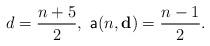
LaTeX: \begin{align*}d=\frac{n+5}{2},\ \mathsf{a}(n,\mathbf{d})=\frac{n-1}{2}.\end{align*}